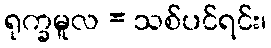
ရုက္ခမူလ = သစ်ပင်ရင်း၊